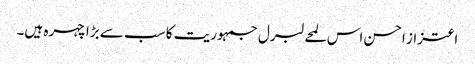
اعتزاز احسن اس لمحے لبرل جمہوریت کا سب سے بڑا چہرہ ہیں۔